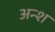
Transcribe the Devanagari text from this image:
अन्श